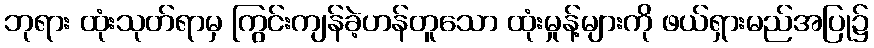
ဘုရား ထုံးသုတ်ရာမှ ကြွင်းကျန်ခဲ့ဟန်တူသော ထုံးမှုန့်များကို ဖယ်ရှားမည်အပြု၌